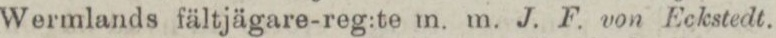
Wermlands fältjägare-reg:te m. m. J. F. von Eckstedt.